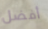
أفضل